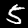
Label: 5